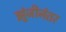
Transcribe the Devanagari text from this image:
झुंजीनंतर